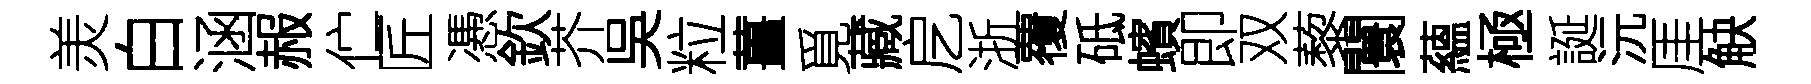
羙白涵赧伫匠慿欽芥吳粒薑覓藏戹浙覆砥蠙即双藜闤蘊極誕沅厓觖